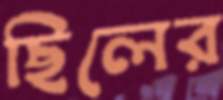
ছিলের